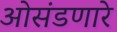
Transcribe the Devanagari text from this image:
ओसंडणारे